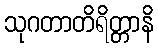
သုဂတာတိရိတ္တာနိ